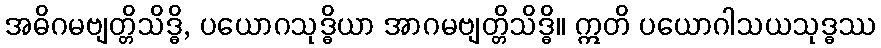
အဓိဂမဗျတ္တိသိဒ္ဓိ, ပယောဂသုဒ္ဓိယာ အာဂမဗျတ္တိသိဒ္ဓိ။ ဣတိ ပယောဂါသယသုဒ္ဓဿ